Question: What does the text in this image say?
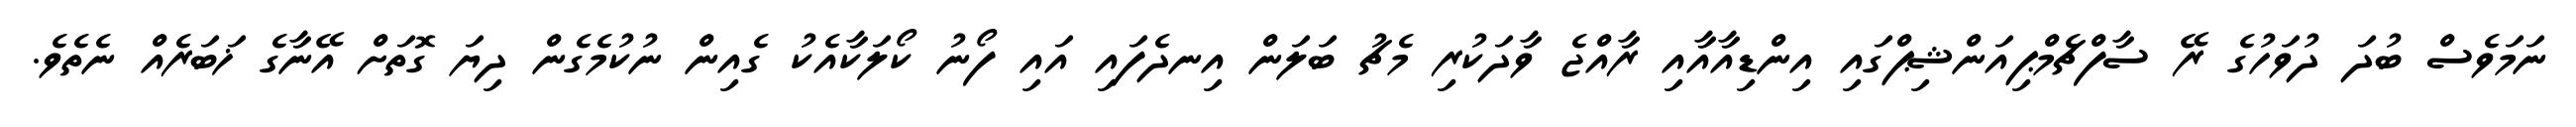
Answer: ނަމަވެސް ބުދަ ދުވަހުގެ ރޭ ސާފްޗެމްޕިއަންޝިޕްގައި އިންޑިއާއާއި ރާއްޖެ ވާދަކުރި މެޗު ބަލަން އިނދެފައި އައި ފޯނު ކޯލަކާއެކު ގެއިން ނުކުމެގެން ދިޔަ ގޮތަށް އޭނާގެ ޚަބަރެއް ނެތެވެ.